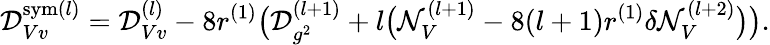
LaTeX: {\cal D}_{Vv}^{\mathrm{sym}(l)}={\cal D}_{Vv}^{(l)}-8r^{(1)}\bigl({\cal D}_{g^{2}}^{(l+1)}+l\big({\cal N}_{V}^{(l+1)}-8(l+1)r^{(1)}\delta{\cal N}_{V}^{(l+2)}\big)\bigr).